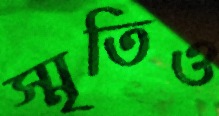
স্মৃতিও